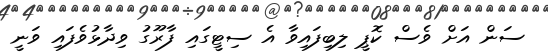
ސަން އަށް ވެސް ކޮޕީ ލިބިފައިވާ އެ ސިޓީގައި ފާރޫގު ވިދާޅުވެފައި ވަނީ